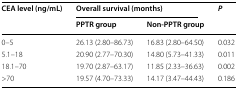
<table><thead><tr><td rowspan="2"><b>CEA level (ng/mL)</b></td><td colspan="2"><b>Overall survival (months)</b></td><td rowspan="2"><b><i>P</i></b></td></tr><tr><td><b>PPTR group</b></td><td><b>Non-PPTR group</b></td></tr></thead><tbody><tr><td>0–5</td><td>26.13 (2.80–86.73)</td><td>16.83 (2.80–64.50)</td><td>0.032</td></tr><tr><td>5.1–18</td><td>20.90 (2.77–70.30)</td><td>14.80 (5.73–41.33)</td><td>0.011</td></tr><tr><td>18.1–70</td><td>19.70 (2.87–63.17)</td><td>11.85 (2.33–36.63)</td><td>0.002</td></tr><tr><td>&gt;70</td><td>19.57 (4.70–73.33)</td><td>14.17 (3.47–44.43)</td><td>0.186</td></tr></tbody></table>